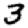
Digit: 3